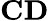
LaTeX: \mathbf{CD}